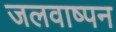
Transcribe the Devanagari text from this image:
जलवाष्पन